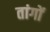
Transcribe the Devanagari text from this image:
तांगों